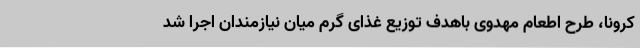
کرونا، طرح اطعام مهدوی باهدف توزیع غذای گرم میان نیازمندان اجرا شد